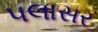
પલાસર